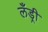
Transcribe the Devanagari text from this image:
लँड्री